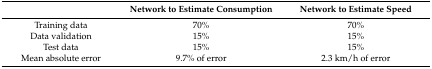
|  | Network to Estimate Consumption | Network to Estimate Speed |
 | --- | --- | --- |
 | Training data | 70% | 70% |
 | Data validation | 15% | 15% |
 | Test data | 15% | 15% |
 | Mean absolute error | 9.7% of error | 2.3 km/h of error |